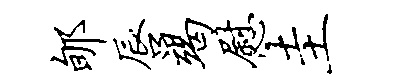
郇唇竭慰圭